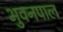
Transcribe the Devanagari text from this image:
भुवनपाल